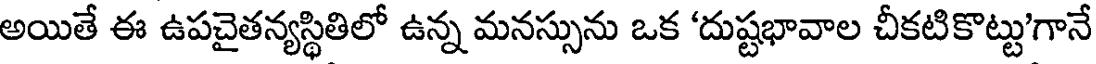
అయితే ఈ ఉపచైతన్యస్థితిలో ఉన్న మనస్సును ఒక 'దుష్టభావాల చీకటికొట్టు'గానే